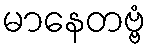
မာနေတဗ္ဗံ